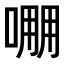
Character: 𠺔